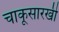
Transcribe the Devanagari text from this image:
चाकूसारखी